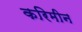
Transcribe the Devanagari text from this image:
करिमीन